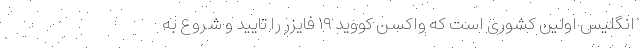
انگلیس اولین کشوری است که واکسن کووید ۱۹ فایزر را تایید و شروع به